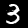
Digit: 3